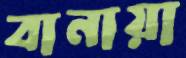
বানায়া